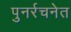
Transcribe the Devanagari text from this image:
पुनर्रचनेत